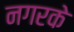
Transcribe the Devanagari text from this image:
नगरके